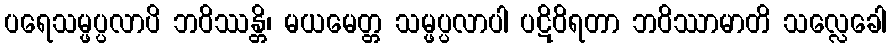
ပရေသမ္ဖပ္ပလာပိ ဘဝိဿန္တိ၊ မယမေတ္တ သမ္ဖပ္ပလာပါ ပဋိဝိရတာ ဘဝိဿာမာတိ သလ္လေခေါ